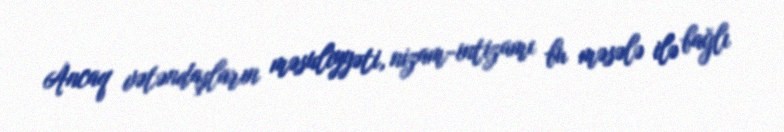
Ancaq vətəndaşların məsuliyyəti, nizam-intizamı bu məsələ ilə bağlı